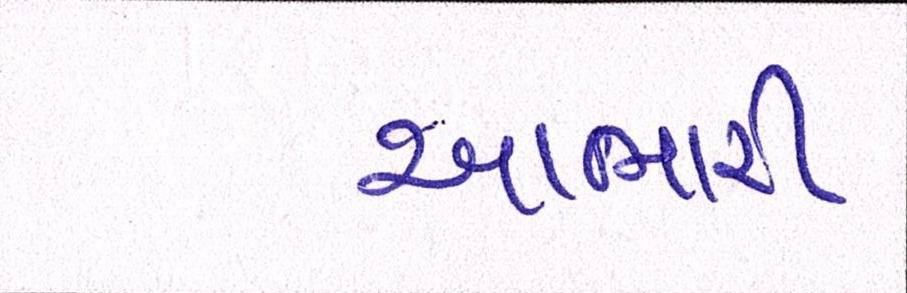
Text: આભારી